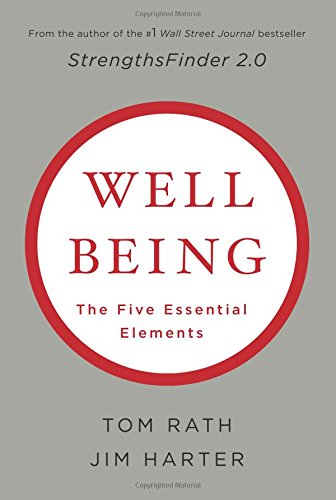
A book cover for Wellbeing: The Five Essential Elements; Tom Rath; Business & Money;